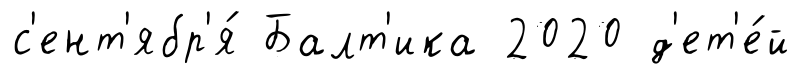
с'ент'ябр'я́ Балт'ика 2020 д'ет'е́й